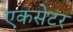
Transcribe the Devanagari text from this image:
एकसेटर